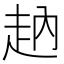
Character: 𧺬